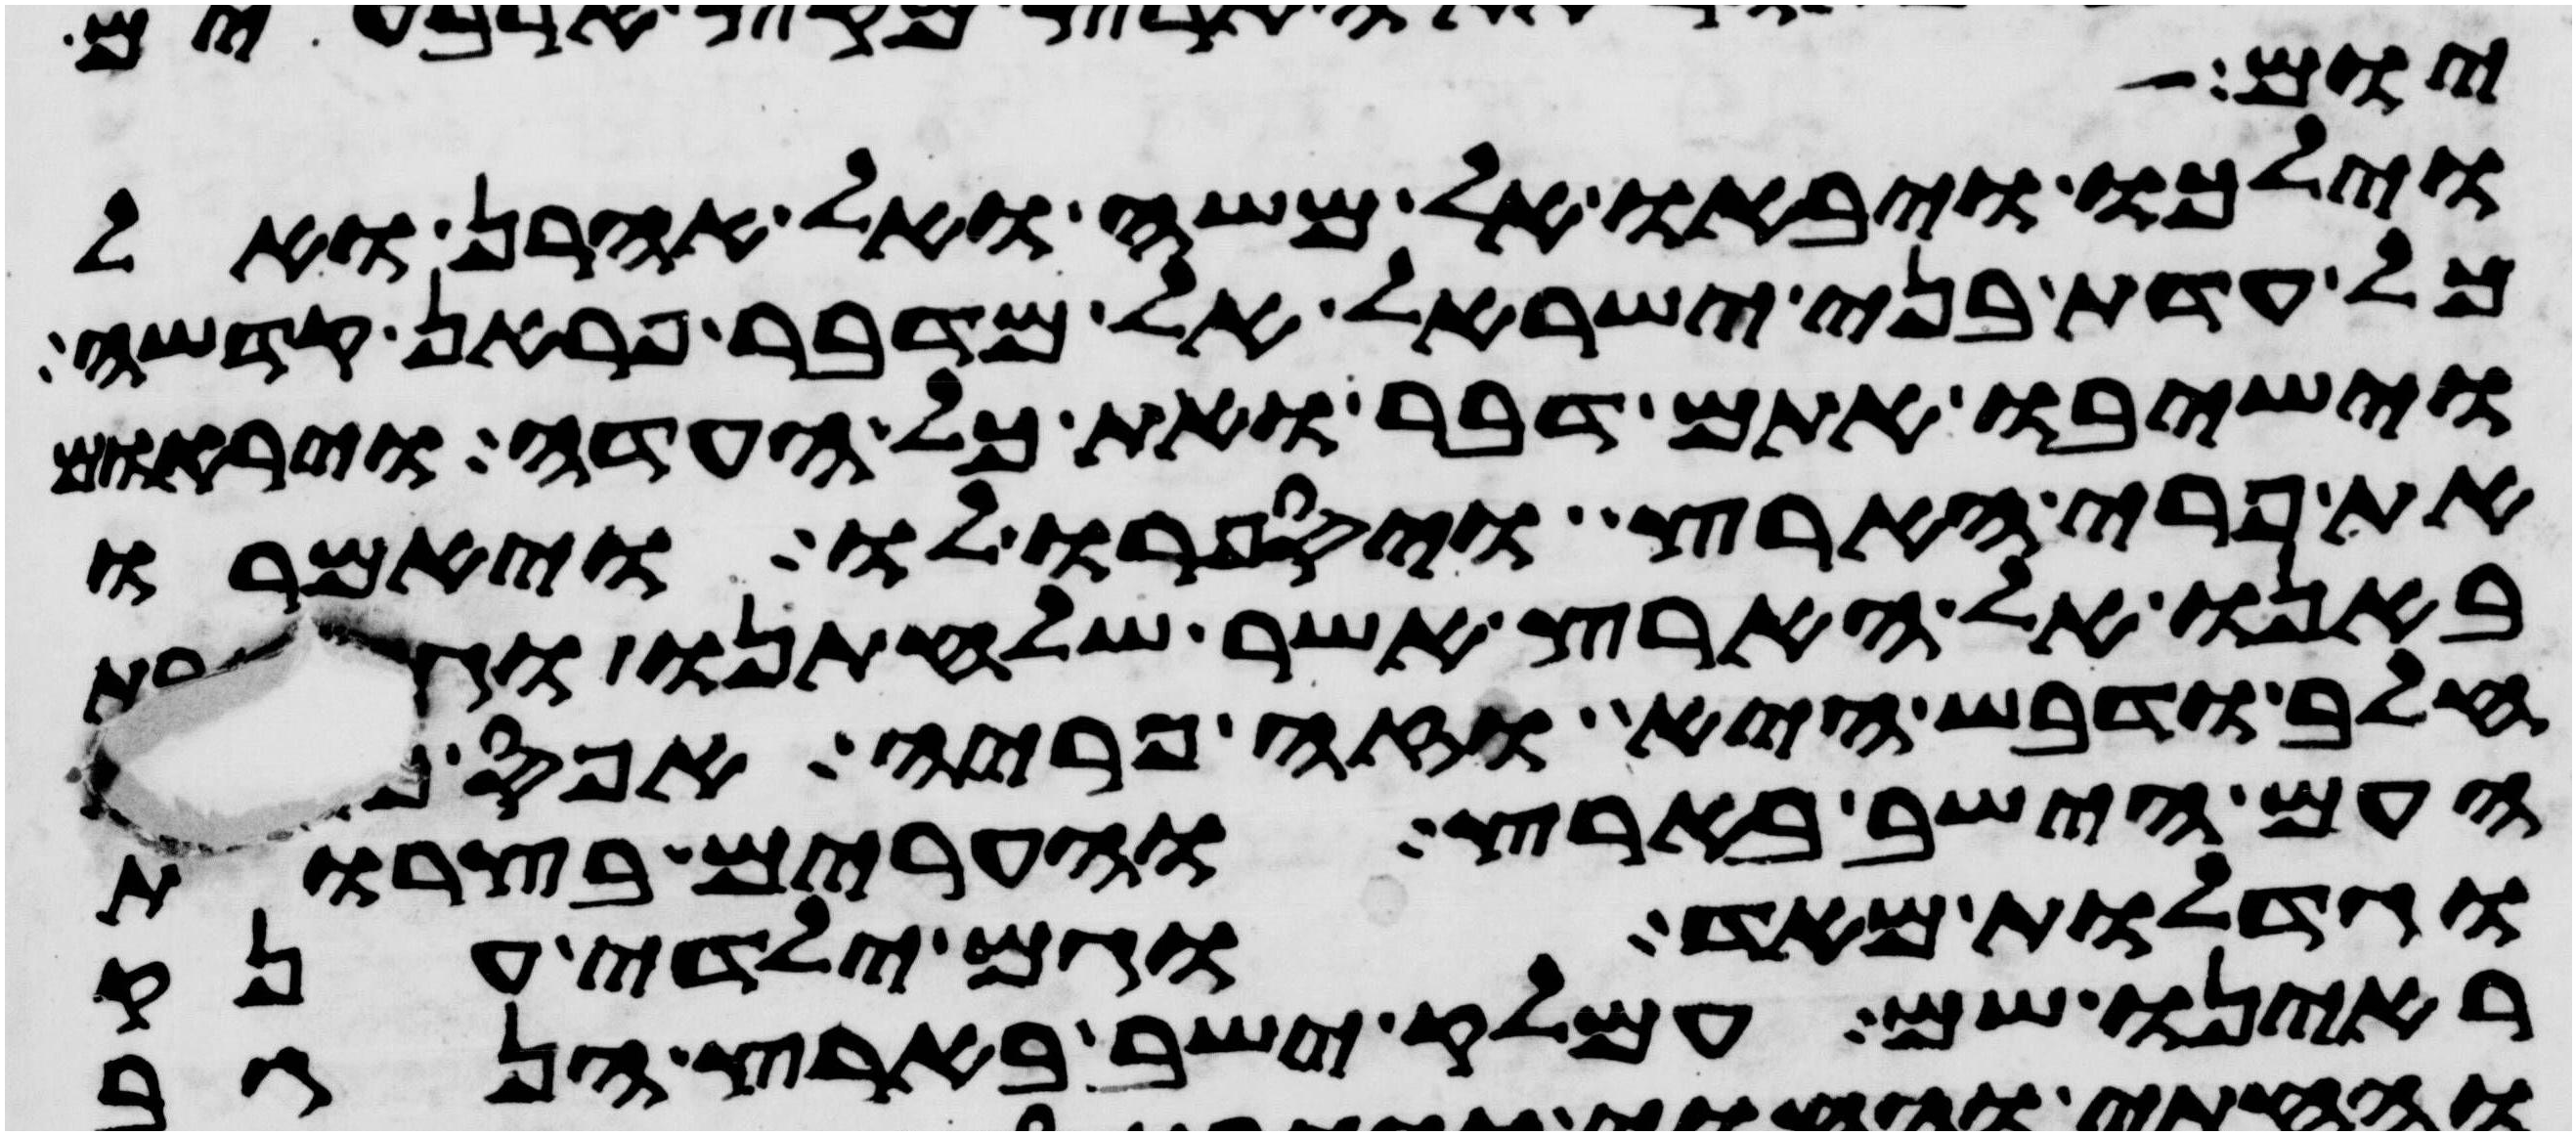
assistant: יום
וילכו ויבאו אל משה ואל אהרן ואל
כל עדת בני ישראל אל מדבר פראן קדשה
וישיבו אתם דבר ואת כל העדה ויראום
את פרי הארץ ויספרו לו ויאמרו
באנו אל הארץ אשר שלחתנו וגם זבת
חלב ודבש היא וזה פריה אפס כי
העם הישב בארץ והערים בצרות
וגדלות מאד וגם ילידי ענק
ראינו שם עמלק ישב בארץ הנגב